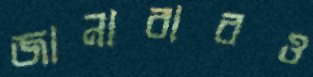
জানাবারও